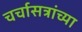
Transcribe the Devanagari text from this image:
चर्चासत्रांच्या